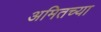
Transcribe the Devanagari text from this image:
अमितच्या